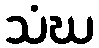
သံဃ